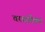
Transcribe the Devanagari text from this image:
वराहवेंकट